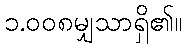
၁.၀၀၈မျှသာရှိ၏။